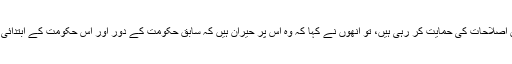
مولانا فضل الرحمان سے جب پوچھا گیا کہ ان کے اور محمود خان اچکزئی کے علاوہ تمام جماعتیں ان اصلاحات کی حمایت کر رہی ہیں، تو انھوں نے کہا کہ وہ اس پر حیران ہیں کہ سابق حکومت کے دور اور اس حکومت کے ابتدائی دنوں میں جنھوں نے فاٹا کے جرگے کی حمایت کا اعلان کیا تھا، آج وہ اس سے انحراف کر رہے ہیں۔